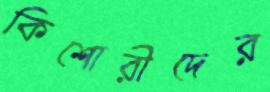
কিশোরীদের